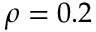
\rho = 0 . 2